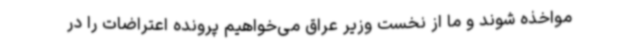
مواخذه شوند و ما از نخست وزیر عراق می‌خواهیم پرونده اعتراضات را در